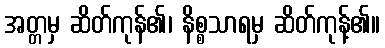
အတ္တမှ ဆိတ်ကုန်၏၊ နိစ္စသာရမှ ဆိတ်ကုန့်၏။